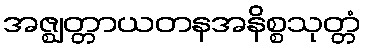
အဇ္ဈတ္တာယတနအနိစ္စသုတ္တံ